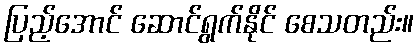
ပြည့်အောင် ဆောင်ရွက်နိုင် စေသတည်း။